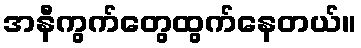
အနီကွက်တွေထွက်နေတယ်။